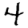
Digit: 4